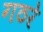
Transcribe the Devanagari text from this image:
गठरे